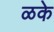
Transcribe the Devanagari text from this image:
ळके